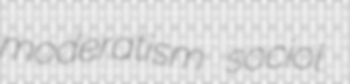
moderatism sociol.